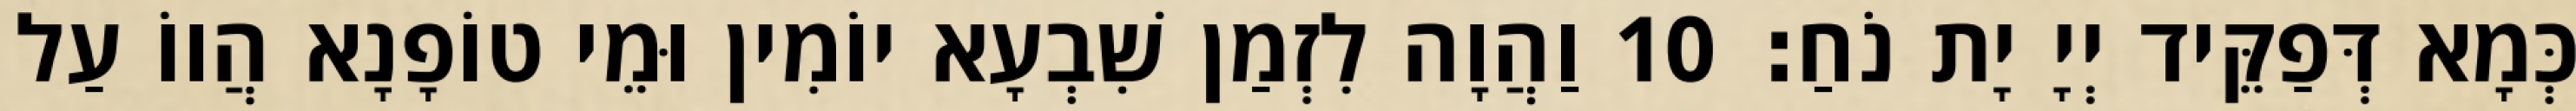
כְּמָא דְּפַקֵּיד יְיָ יָת נֹחַ׃ 10 וַהֲוָה לִזְמַן שִׁבְעָא יוֹמִין וּמֵי טוֹפָנָא הֲווֹ עַל